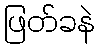
ဖြတ်ခနဲ